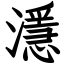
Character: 濦